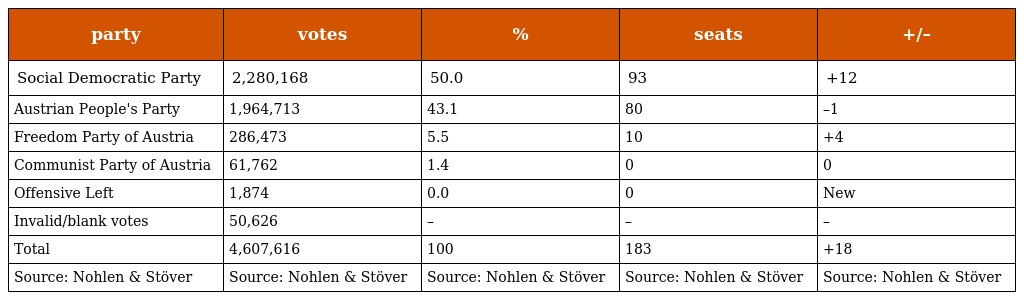
| party | votes | % | seats | +/– |
 | --- | --- | --- | --- | --- |
 | Social Democratic Party | 2,280,168 | 50.0 | 93 | +12 |
 | Austrian People's Party | 1,964,713 | 43.1 | 80 | –1 |
 | Freedom Party of Austria | 286,473 | 5.5 | 10 | +4 |
 | Communist Party of Austria | 61,762 | 1.4 | 0 | 0 |
 | Offensive Left | 1,874 | 0.0 | 0 | New |
 | Invalid/blank votes | 50,626 | – | – | – |
 | Total | 4,607,616 | 100 | 183 | +18 |
 | Source: Nohlen & Stöver | Source: Nohlen & Stöver | Source: Nohlen & Stöver | Source: Nohlen & Stöver | Source: Nohlen & Stöver |